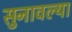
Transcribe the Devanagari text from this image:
सुनावल्या